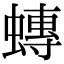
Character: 𧐕